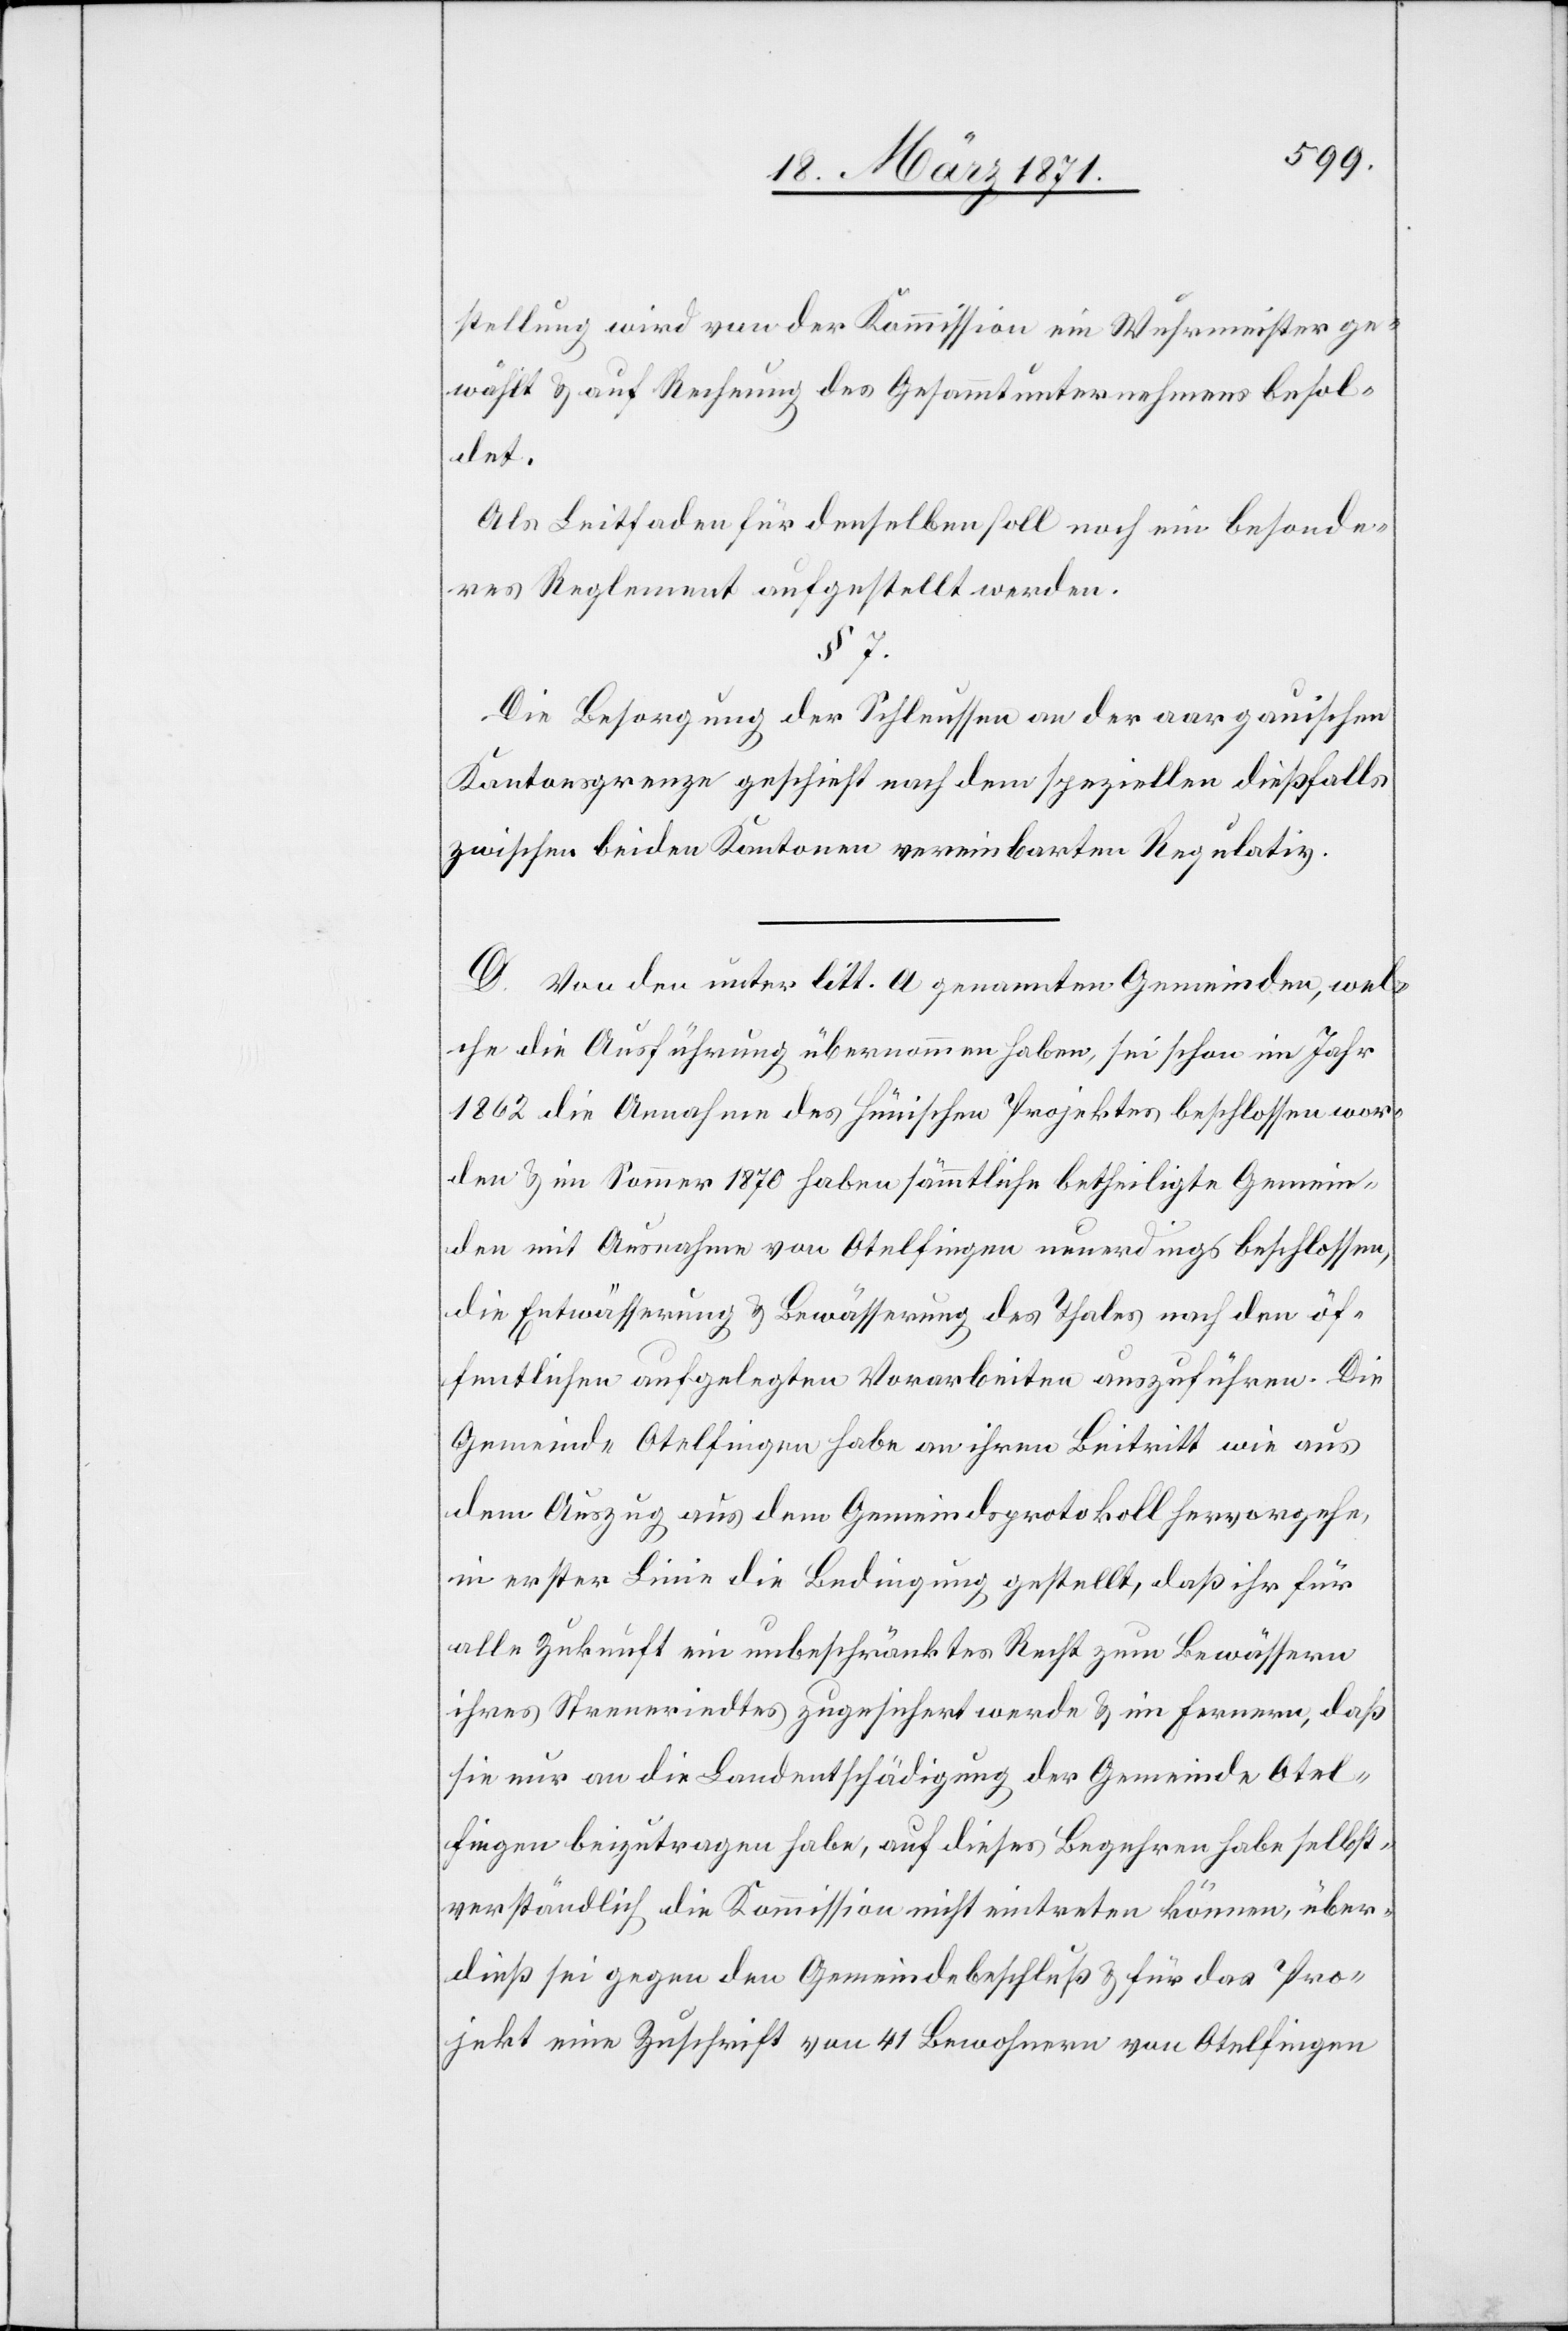
__________
stellung wird von der Kommission ein Wuhrmeister ge¬
wählt u. auf Rechnung des Gesammtunternehmens besol¬
det.
Als Leitfaden für denselben soll noch ein besonde¬
res Reglement aufgestellt werden.
§ 7
Die Besorgung der Schleussen an der aargauischen
Kantonsgrenze geschieht nach dem speziellen dießfalls
zwischen beiden Kantonen vereinbarten Regulativ.
D. Von den unter litt. a genannten Gemeinden, wel¬
che die Ausführung übernommen haben, sei schon im Jahr
1862 die Annahme des Hünischen Projektes beschlossen wor¬
den u. im Sommer 1870 haben sämmtliche betheiligte Gemein¬
den mit Ausnahme von Otelfingen neuerdings beschlossen,
die Entwässerung u. Bewässerung des Thales nach den öf¬
fentlichen aufgelegten Vorarbeiten auszuführen. Die
Gemeinde Otelfingen habe an ihren Beitritt wie aus
dem Auszug aus dem Gemeindsprotokoll hervorgehe,
in erster Linie die Bedingung gestellt, daß ihr für
alle Zukunft ein unbeschränktes Recht zum Bewässern
ihres Streneriedtes zugesichert werde u. im Fernern, daß
sie nur an die Landentschädigung der Gemeinde Otel¬
fingen beizutragen habe, auf dieses Begehren habe selbst¬
verständlich die Kommission nicht eintreten können, über¬
dieß sei gegen den Gemeindebeschluß u. für das Pro¬
jekt eine Zuschrift von 41 Bewohnern von Otelfingen